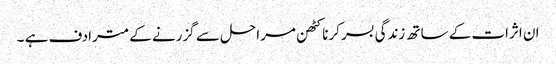
ان اثرات کے ساتھ زندگی بسر کرنا کٹھن مراحل سے گزرنے کے مترادف ہے ۔